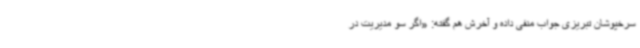
سرخپوشان تبریزی جواب منفی داده و آخرش هم گفته: «اگر سو مدیریت در